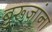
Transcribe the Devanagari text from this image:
बुरूजांना